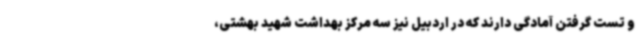
و تست گرفتن آمادگی دارند که در اردبیل نیز سه مرکز بهداشت شهید بهشتی،